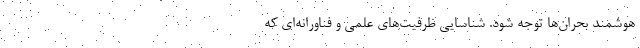
هوشمند بحران‌ها توجه شود. شناسایی ظرفیت‌های علمی و فناورانه‌ای که